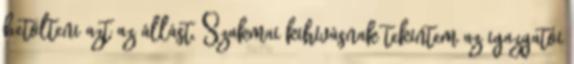
betölteni azt az állást. Szakmai kihívásnak tekintem az igazgatói